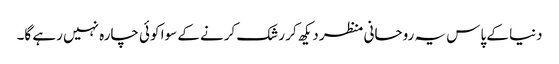
دنیا کے پاس یہ روحانی منظر دیکھ کر رشک کرنے کے سوا کوئی چارہ نہیں رہے گا۔